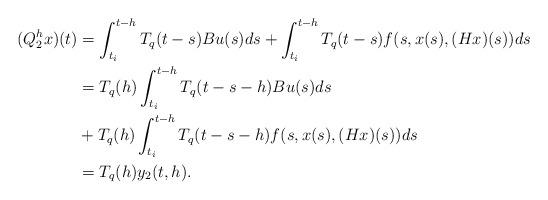
LaTeX: \begin{align*}(Q_{2}^{h}x)(t)&=\int_{t_{i}}^{t-h}T_{q}(t-s)Bu(s) ds +\int_{t_{i}}^{t-h}T_{q}(t-s)f(s, x(s),(Hx)(s))ds\\&=T_{q}(h)\int_{t_{i}}^{t-h}T_{q}(t-s-h)Bu(s) ds\\&+T_{q}(h)\int_{t_{i}}^{t-h}T_{q}(t-s-h)f(s, x(s),(Hx)(s))ds\\&=T_{q}(h)y_{2}(t,h).\end{align*}